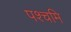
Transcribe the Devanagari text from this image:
पश्चमि